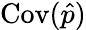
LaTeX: \operatorname{Cov}(\hat{p})